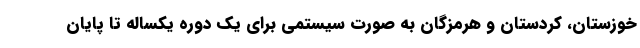
خوزستان، کردستان و هرمزگان به صورت سیستمی برای یک دوره یکساله تا پایان